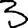
Digit: 3